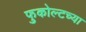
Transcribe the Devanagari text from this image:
फुकोल्टच्या